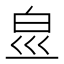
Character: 𤽋